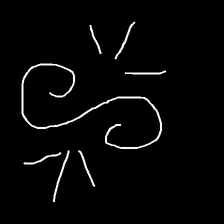
Glyph: wind-directs-air